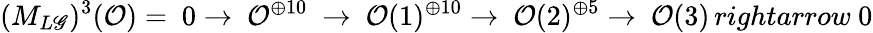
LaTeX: (M_{L\mathscr{G}})^{3}({\cal{O}})=\ 0\rightarrow\ {\cal{O}}^{\oplus10}\ \rightarrow\ {\cal{O}}(1)^{\oplus10}\rightarrow\ {\cal{O}}(2)^{\oplus5}\rightarrow\ {\cal{O}}(3)\, rightarrow\ 0